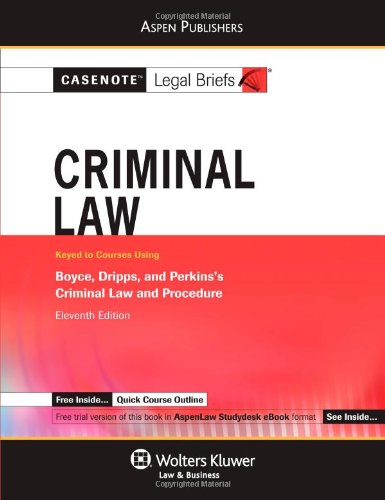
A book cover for Criminal Law: Boyce Dripps & Perkins (Casenote Legal Briefs); Casenote Legal Briefs Casenote Legal Briefs; Law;